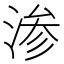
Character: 渗